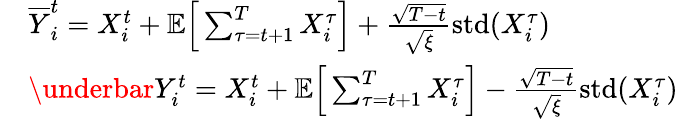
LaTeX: \begin{array}{rl}&{\overline{{Y}}_{i}^{t}=X_{i}^{t}+\mathbb{E}\Big[\sum_{\tau=t+1}^{T}X_{i}^{\tau}\Big]+\frac{\sqrt{T-t}}{\sqrt{\xi}}\operatorname{std}(X_{i}^{\tau})}\\ &{\underbar{Y}_{i}^{t}=X_{i}^{t}+\mathbb{E}\Big[\sum_{\tau=t+1}^{T}X_{i}^{\tau}\Big]-\frac{\sqrt{T-t}}{\sqrt{\xi}}\operatorname{std}(X_{i}^{\tau})}\end{array}